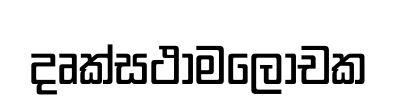
දෘක්සථාමලොචක